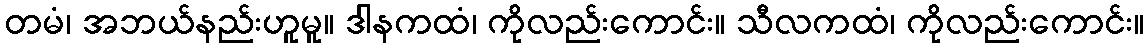
တမံ၊ အဘယ်နည်းဟူမူ။ ဒါနကထံ၊ ကိုလည်းကောင်း။ သီလကထံ၊ ကိုလည်းကောင်း။